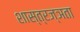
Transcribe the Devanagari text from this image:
शास्त्रज्ञता